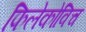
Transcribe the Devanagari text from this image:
फिलेकोविच